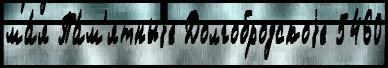
ма́я Па́м'ятныjе Долгобродскоjе 5460